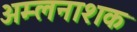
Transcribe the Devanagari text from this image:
अम्लनाशक